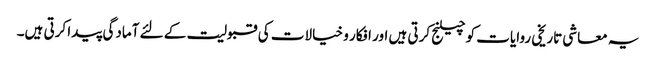
یہ معاشی تاریخی روایات کو چیلنج کرتی ہیں اور افکار و خیالات کی قبولیت کے لئے آمادگی پیدا کرتی ہیں۔